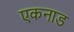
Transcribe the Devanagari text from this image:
एकनाड